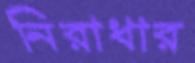
নিরাধার